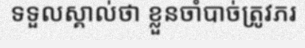
ទទួលស្គាល់ថា ខ្លួនចាំបាច់ត្រូវភរ